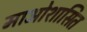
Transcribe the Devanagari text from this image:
माओशासित